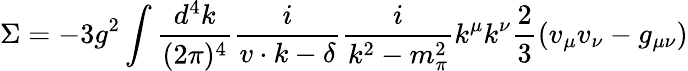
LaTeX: \Sigma=-3g^{2}\int{\frac{d^{4}k}{(2\pi)^{4}}}{\frac{i}{v\cdot k-\delta}}{\frac{i}{k^{2}-m_{\pi}^{2}}}k^{\mu}k^{\nu}{\frac{2}{3}}(v_{\mu}v_{\nu}-g_{\mu\nu})